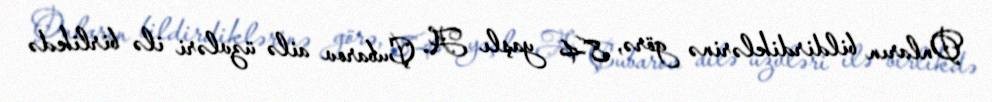
Onların bildirdiklərinə görə, 84 yaşlı A. Çubarov ailə üzvləri ilə birlikdə